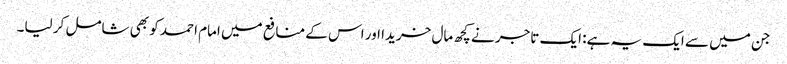
جن میں سے ایک یہ ہے: ایک تاجر نے کچھ مال خریدا اور اس کے منافع میں امام احمد کو بھی شامل کر لیا۔